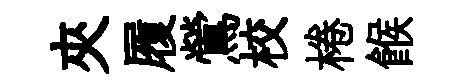
夾履鶯校棬餱